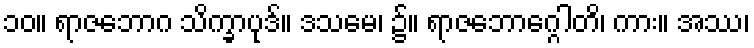
၁၀။ ရာဇဘောဂ သိက္ခာပုဒ်။ ဒသမေ၊ ၌။ ရာဇဘောဂ္ဂေါတိ၊ ကား။ အဿ၊